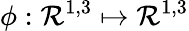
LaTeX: \phi:\mathcal{R}^{1,3}\mapsto\mathcal{R}^{1,3}